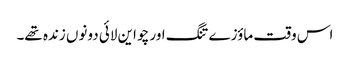
اس وقت ماؤزے تنگ اور چو این لائی دونوں زندہ تھے۔